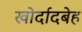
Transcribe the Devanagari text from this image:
खोर्दादबेह